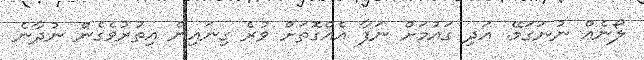
ލޯނެއް ނުނަގަމޭ. އަދި ގައުމަށް ނަފާ އެއްގޮތަށް ވުރެ ގިނައިން އިތުރުވެގެން ނުދާނެ